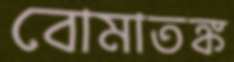
বোমাতঙ্ক